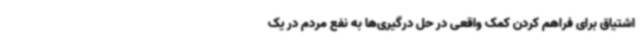
اشتیاق برای فراهم کردن کمک واقعی در حل درگیری‌ها به نفع مردم در یک